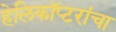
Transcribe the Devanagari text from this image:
हेलिकॉप्टरांचा